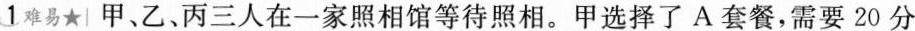
1 难易★|甲、乙、丙三人在一家照相馆等待照相。甲选择了A套餐，需要20分